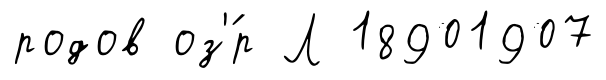
родов оз'́р Л 18901907